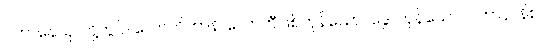
ပဟာနေသု၊ တို့တွင်။ လောကိကာနိ၊ လောကီဖြစ်ကုန်သော။ ဒွေ၊ ကုန်သော။ ပဟာနာနိစ၊